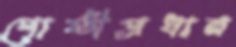
গোষ্ঠীপ্রধান